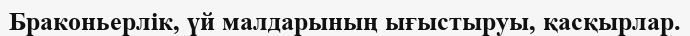
Браконьерлік, үй малдарының ығыстыруы, қасқырлар.